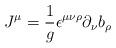
LaTeX: \begin{align*}J^\mu=\frac{1}{g}\epsilon^{\mu\nu\rho}\partial_\nu b_\rho\end{align*}